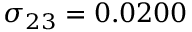
\sigma _ { 2 3 } = 0 . 0 2 0 0